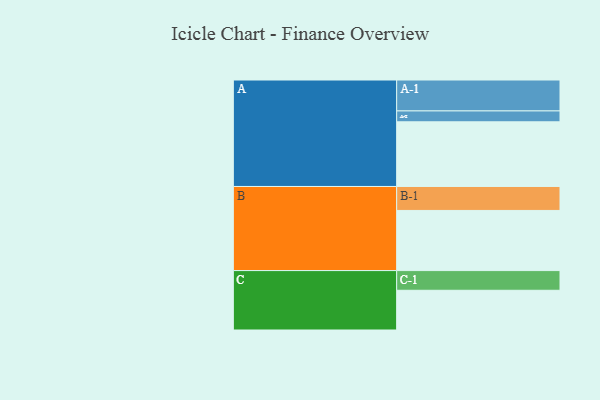
{"axis": {"x": "Segment", "y": "Value"}, "legend": ["", "A", "B", "C"], "data": [{"x": "A", "y": 529, "type": ""}, {"x": "B", "y": 492, "type": ""}, {"x": "C", "y": 325, "type": ""}, {"x": "A-1", "y": 253, "type": "A"}, {"x": "A-2", "y": 89, "type": "A"}, {"x": "B-1", "y": 196, "type": "B"}, {"x": "C-1", "y": 161, "type": "C"}]}